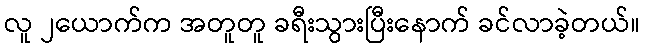
လူ ၂ယောက်က အတူတူ ခရီးသွားပြီးနောက် ခင်လာခဲ့တယ်။